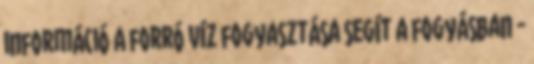
információ A forró víz fogyasztása segít a fogyásban -